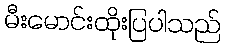
မီးမောင်းထိုးပြပါသည်